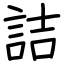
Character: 詰